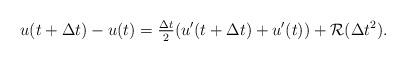
LaTeX: \begin{align*}u(t+\Delta t)-u(t)=\tfrac{\Delta t}2 (u'(t+\Delta t)+u'(t))+\mathcal{R}(\Delta t^2).\end{align*}